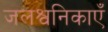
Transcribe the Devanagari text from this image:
जलश्वनिकाएँ